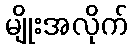
မျိုးအလိုက်